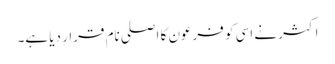
اکثر نے اسی کو فرعون کا اصلی نام قرار دیا ہے۔